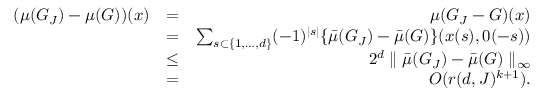
\begin{array} { r l r } { ( \mu ( G _ { J } ) - \mu ( G ) ) ( x ) } & { = } & { \mu ( G _ { J } - G ) ( x ) } \\ & { = } & { \sum _ { s \subset \{ 1 , \ldots , d \} } ( - 1 ) ^ { \mid s \mid } \{ \bar { \mu } ( G _ { J } ) - \bar { \mu } ( G ) \} ( x ( s ) , 0 ( - s ) ) } \\ & { \leq } & { 2 ^ { d } \parallel \bar { \mu } ( G _ { J } ) - \bar { \mu } ( G ) \parallel _ { \infty } } \\ & { = } & { O ( r ( d , J ) ^ { k + 1 } ) . } \end{array}